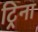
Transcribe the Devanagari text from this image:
ट्रिना